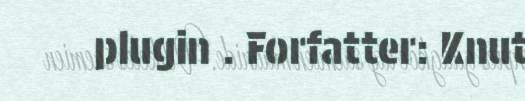
plugin . Forfatter: Knut